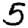
Digit: 5